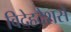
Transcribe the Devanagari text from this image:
विदेहदेशसे